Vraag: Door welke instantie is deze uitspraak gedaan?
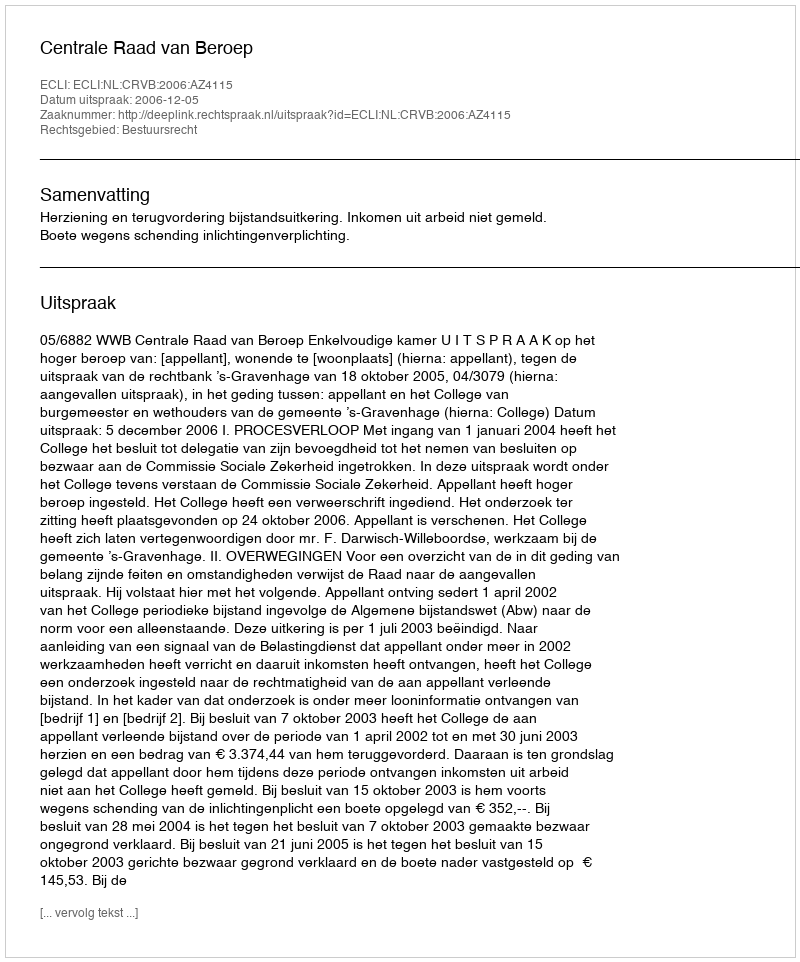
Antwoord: Centrale Raad van Beroep